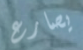
يصارع